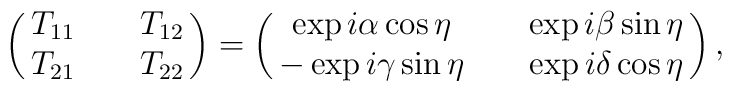
\pmatrix{T_{11} && T_{12} \cr T_{21} && T_{22}}  = \pmatrix{ \exp{i\alpha} \cos{\eta} && \exp{i\beta} \sin{\eta} \cr -\exp{i\gamma} \sin{\eta} && \exp{i\delta} \cos{\eta}},